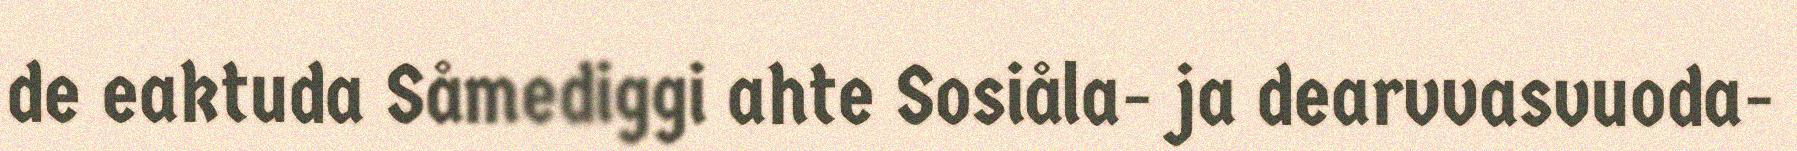
de eaktuda Såmediggi ahte Sosiåla- ja dearvvasvuoda-